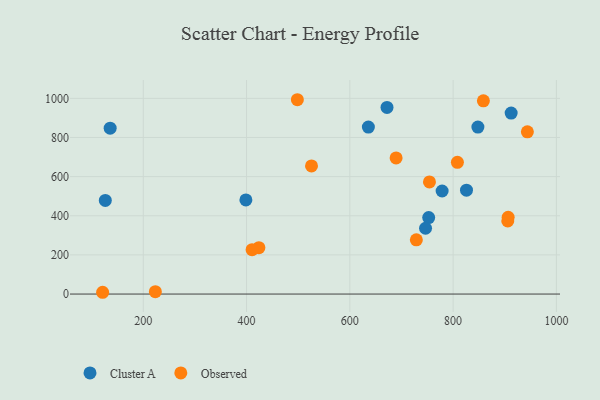
{"axis": {"x": "Distance", "y": "Yield"}, "legend": ["Cluster A", "Observed"], "data": [{"x": "825.9", "y": 530.9, "type": "Cluster A"}, {"x": "672.0", "y": 953.4, "type": "Cluster A"}, {"x": "635.9", "y": 853.0, "type": "Cluster A"}, {"x": "752.7", "y": 390.6, "type": "Cluster A"}, {"x": "746.6", "y": 336.2, "type": "Cluster A"}, {"x": "912.4", "y": 924.7, "type": "Cluster A"}, {"x": "398.7", "y": 480.7, "type": "Cluster A"}, {"x": "135.9", "y": 847.4, "type": "Cluster A"}, {"x": "778.7", "y": 526.5, "type": "Cluster A"}, {"x": "126.5", "y": 478.2, "type": "Cluster A"}, {"x": "848.0", "y": 853.4, "type": "Cluster A"}, {"x": "754.2", "y": 572.9, "type": "Observed"}, {"x": "121.3", "y": 9.1, "type": "Observed"}, {"x": "498.4", "y": 992.9, "type": "Observed"}, {"x": "223.4", "y": 12.2, "type": "Observed"}, {"x": "423.9", "y": 237.2, "type": "Observed"}, {"x": "525.8", "y": 654.6, "type": "Observed"}, {"x": "943.8", "y": 828.8, "type": "Observed"}, {"x": "410.7", "y": 226.9, "type": "Observed"}, {"x": "906.6", "y": 391.8, "type": "Observed"}, {"x": "689.6", "y": 695.7, "type": "Observed"}, {"x": "808.3", "y": 672.9, "type": "Observed"}, {"x": "905.8", "y": 373.4, "type": "Observed"}, {"x": "858.6", "y": 987.4, "type": "Observed"}, {"x": "728.8", "y": 276.9, "type": "Observed"}]}